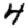
Digit: 4